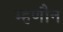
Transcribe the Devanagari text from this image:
म्हणौन